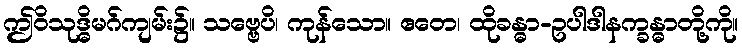
ဤဝိသုဒ္ဓိမဂ်ကျမ်း၌။ သဗ္ဗေပိ၊ ကုန်သော။ ဧတေ၊ ထိုခန္ဓာ-ဥပါဒါနက္ခန္ဓာတို့ကို။